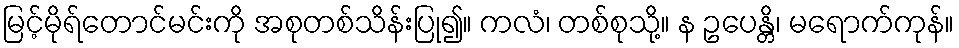
မြင့်မိုရ်တောင်မင်းကို အစုတစ်သိန်းပြု၍။ ကလံ၊ တစ်စုသို့။ န ဥပေန္တိ၊ မရောက်ကုန်။